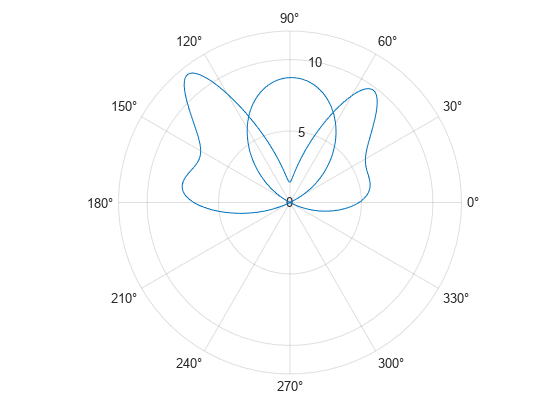
matlab, figure, polarplot